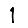
Digit: 1